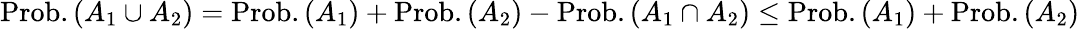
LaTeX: \mathrm{Prob.}\left(A_{1}\cup A_{2}\right)=\mathrm{Prob.}\left(A_{1}\right)+\mathrm{Prob.}\left(A_{2}\right)-\mathrm{Prob.}\left(A_{1}\cap A_{2}\right)\le\mathrm{Prob.}\left(A_{1}\right)+\mathrm{Prob.}\left(A_{2}\right)